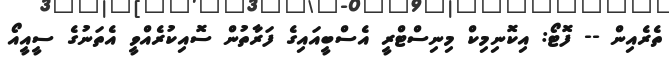
ތެރެއިން -- ފޮޓޯ: އިކޮނިމިކް މިނިސްޓްރީ އެސްބީއައިގެ ފަރާތުން ސޮއިކުރެއްވީ އެތަނުގެ ސީއީއޯ